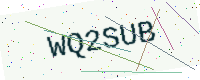
Text: WQ2SUB